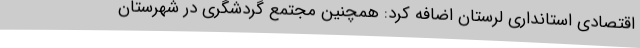
اقتصادی استانداری لرستان اضافه کرد: همچنین مجتمع گردشگری در شهرستان